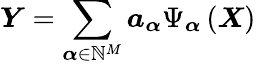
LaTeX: \boldsymbol{Y}=\sum_{\boldsymbol{\alpha}\in\mathbb{N}^{M}}\boldsymbol{a_{\alpha}}\Psi_{\boldsymbol{\alpha}}\left(\boldsymbol{X}\right)